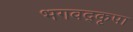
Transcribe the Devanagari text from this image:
भगवद्कृपा